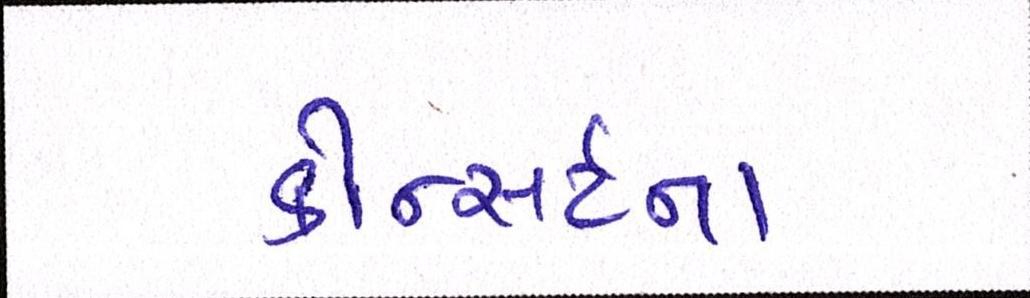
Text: કોન્સર્ટના